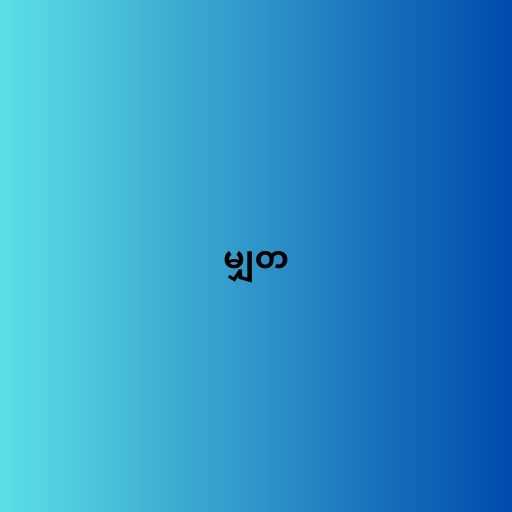
မျှတ